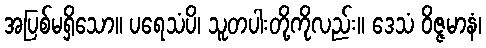
အပြစ်မရှိသော။ ပရေသံပိ၊ သူတပါးတို့ကိုလည်း။ ဒေသံ ဝိဇ္ဇမာနံ၊